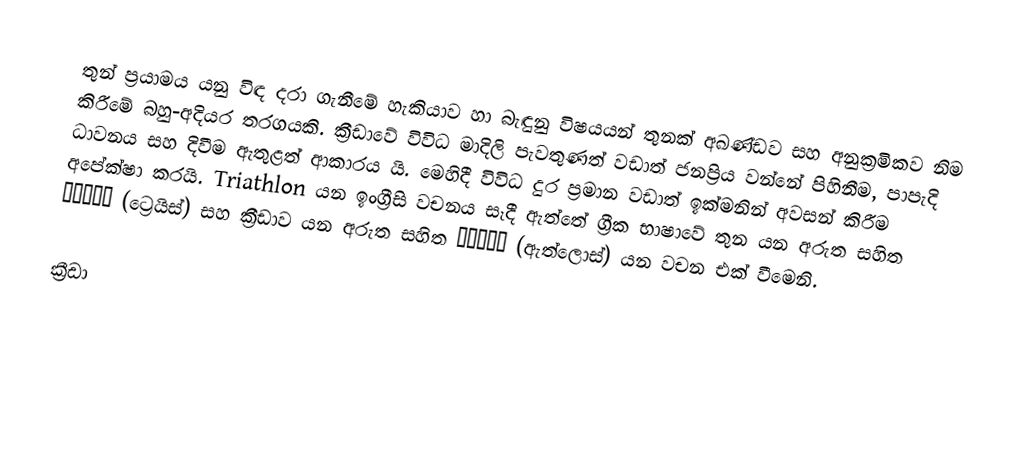
තුන් ප්‍රයාමය යනු විඳ දරා ගැනීමේ හැකියාව හා බැඳුනු විෂයයන් තුනක් අඛණ්ඩව සහ අනුක්‍රමිකව නිම කිරීමේ බහු-අදියර තරගයකි. ක්‍රීඩාවේ විවිධ මාදිලි පැවතුණත් වඩාත් ජනප්‍රිය වන්නේ පිහිනීම, පාපැදි ධාවනය සහ දිවීම ඇතුළත් ආකාරය යි. මෙහිදී විවිධ දුර ප්‍රමාන වඩාත් ඉක්මනින් අවසන් කිරීම අපේක්ෂා කරයි. Triathlon යන ඉංග්‍රීසි වචනය සෑදී ඇත්තේ ග්‍රීක භාෂාවේ තුන යන අරුත සහිත τρεῖς (ට්‍රෙයිස්)  සහ ක්‍රීඩාව යන අරුත සහිත ἆθλος (ඇත්ලොස්) යන වචන එක් වීමෙනි.

ක්‍රීඩා